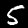
Label: 5